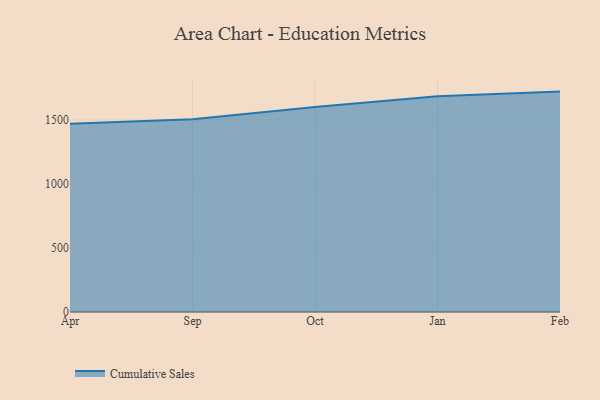
{"axis": {"x": "Month", "y": "Gross Profit (USD K)"}, "legend": ["Cumulative Sales"], "data": [{"x": "Apr", "y": 1470.4, "type": "Cumulative Sales"}, {"x": "Sep", "y": 1505.9, "type": "Cumulative Sales"}, {"x": "Oct", "y": 1601.1, "type": "Cumulative Sales"}, {"x": "Jan", "y": 1685.2, "type": "Cumulative Sales"}, {"x": "Feb", "y": 1721.0, "type": "Cumulative Sales"}]}